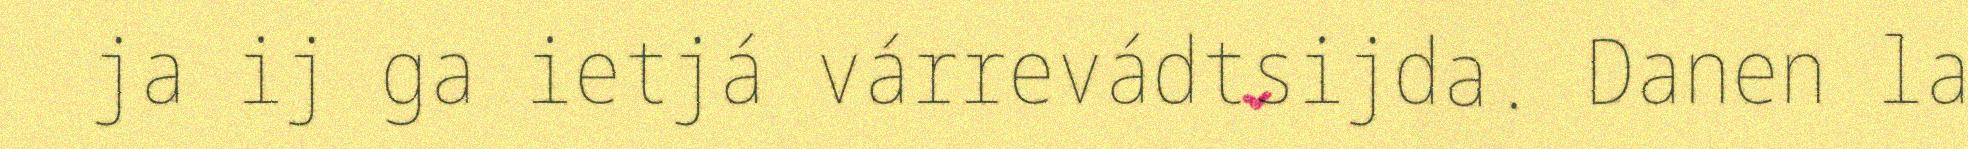
ja ij ga ietjá várrevádtsijda. Danen la